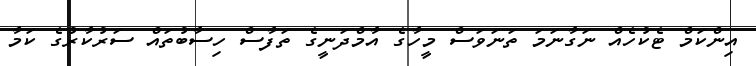
އިންކަމް ޓެކުހެއް ނަގާނަމަ ތަނަވަސް މީހާގެ އާމްދަނީގެ ތަފާސް ހިސާބުތައް ސަރުކާރުގެ ކަމާ